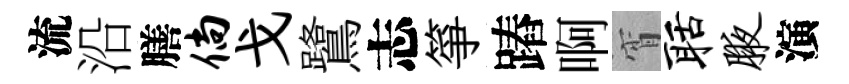
流沿膳倘戈鷺志箏蹖啊宵聒腋演